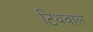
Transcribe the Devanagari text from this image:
टिथवाल